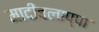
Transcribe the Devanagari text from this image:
मादीवलाप्पा